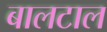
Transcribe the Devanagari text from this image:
बालटाल